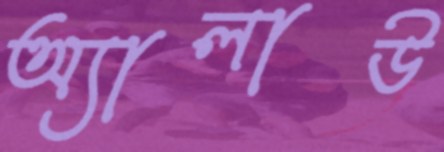
অ্যালাউ